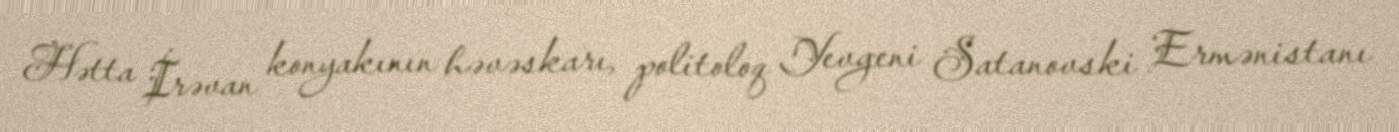
Hətta İrəvan konyakının həvəskarı, politoloq Yevgeni Satanovski Ermənistanı